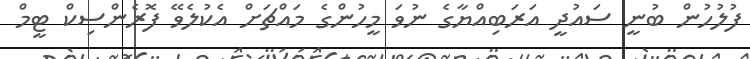
ފުލުހުން ބުނީ ސައުދީ އަރަބިއްޔާގެ ނުވަ މީހުންގެ މައްޗަށް އެކުލެވޭ ފޮރެންސިކް ޓީމް